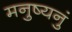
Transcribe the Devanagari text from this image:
मनुष्यनुं